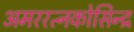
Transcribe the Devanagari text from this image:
अमररत्नकोसिन्द्र